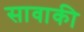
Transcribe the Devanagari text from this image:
सावाकी